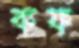
কফ